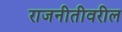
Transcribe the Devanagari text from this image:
राजनीतीवरील